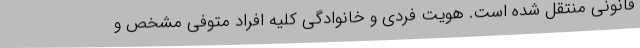
قانونی منتقل شده است. هویت فردی و خانوادگی کلیه افراد متوفی مشخص و